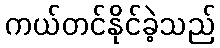
ကယ်တင်နိုင်ခဲ့သည်